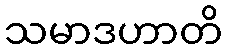
သမာဒဟာတိ